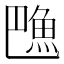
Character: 𱆦